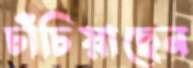
চাঁচিয়াছেন